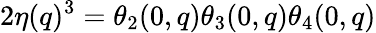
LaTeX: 2\eta(q)^{3}=\theta_{2}(0,q)\theta_{3}(0,q)\theta_{4}(0,q)